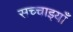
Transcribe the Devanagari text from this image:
सच्चाइयाँ